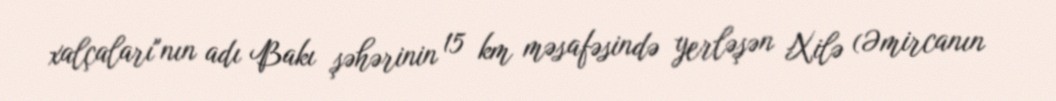
xalçaları"nın adı Bakı şəhərinin 15 km məsafəsində yerləşən Xilə (Əmircanın